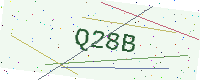
Text: Q28B